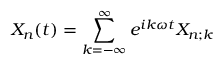
X _ { n } ( t ) = \sum _ { k = - \infty } ^ { \infty } e ^ { i k \omega t } X _ { n ; k }